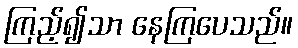
ကြည့်၍သာ နေကြပေသည်။